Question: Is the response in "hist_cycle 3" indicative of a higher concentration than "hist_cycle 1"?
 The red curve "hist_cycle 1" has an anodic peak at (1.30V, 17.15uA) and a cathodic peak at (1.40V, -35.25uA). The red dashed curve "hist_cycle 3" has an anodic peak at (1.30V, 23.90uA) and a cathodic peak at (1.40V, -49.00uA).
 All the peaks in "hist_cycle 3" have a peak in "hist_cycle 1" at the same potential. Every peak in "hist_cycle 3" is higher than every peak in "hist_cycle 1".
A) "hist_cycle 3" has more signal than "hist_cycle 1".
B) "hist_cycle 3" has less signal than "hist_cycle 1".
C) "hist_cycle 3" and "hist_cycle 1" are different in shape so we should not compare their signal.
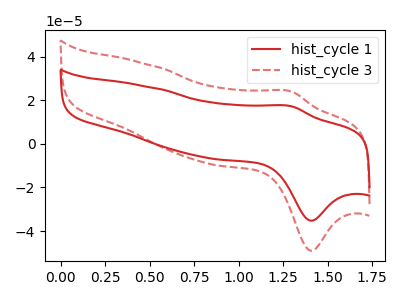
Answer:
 <answer>A) "hist_cycle 3" has more signal than "hist_cycle 1".</answer>
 <eval>A</eval>